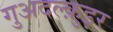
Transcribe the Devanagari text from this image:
गुअदल्क़ुइर